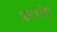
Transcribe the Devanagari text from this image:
माकडचेष्टा